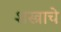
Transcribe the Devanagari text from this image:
शस्त्राचे